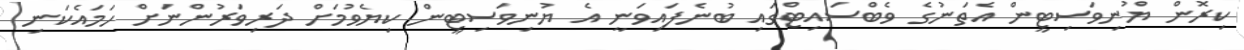
ކިރޮން ޔުނިވަސިޓީން އެތަނުގެ ވެބްސައިޓްގައި ބުނެފައިވަނީ އެ ޔުނިވަސިޓީން ކިޔެވުމަށް ދަރިވަރުންނަށް ހަމައެކަނި